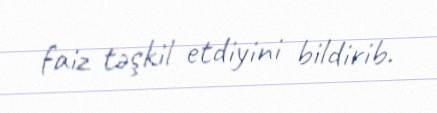
faiz təşkil etdiyini bildirib.